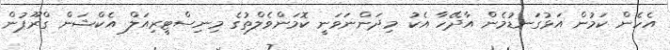
އެހެން ކަމުން އަޅުގަނޑުމެން އާދޭހާ އެކު މިދަންނަވަނީ ކޮމަންވެލްތުގެ މިނިސްޓީރިއަލް އެކްޝަން ގްރޫޕުން